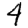
Digit: 4